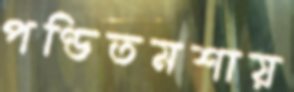
পণ্ডিতমশায়